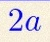
2a